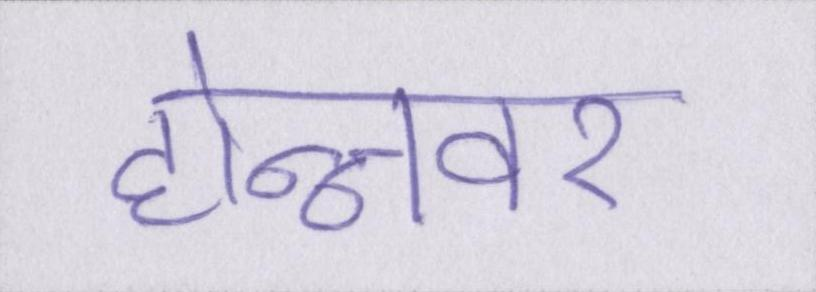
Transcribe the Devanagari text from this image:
होन्नावर